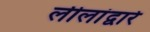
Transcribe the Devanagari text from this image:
लीलांद्वारे